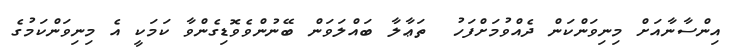
އިންސާނާއަށް މިނިވަންކަން ދެއްވުމަށްފަހު  ތަޢާލާ ބައްލަވަން ބޭނުންވެވޮޑިގެންވާ ކަމަކީ އެ މިނިވަންކަމުގެ